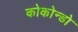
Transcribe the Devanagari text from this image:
कोकोन्डो